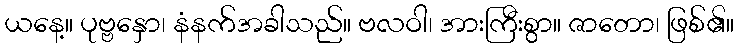
ယနေ့။ ပုဗ္ဗနှော၊ နံနက်အခါသည်။ ဗလဝါ၊ အားကြီးစွာ။ ဇာတော၊ ဖြစ်၏။